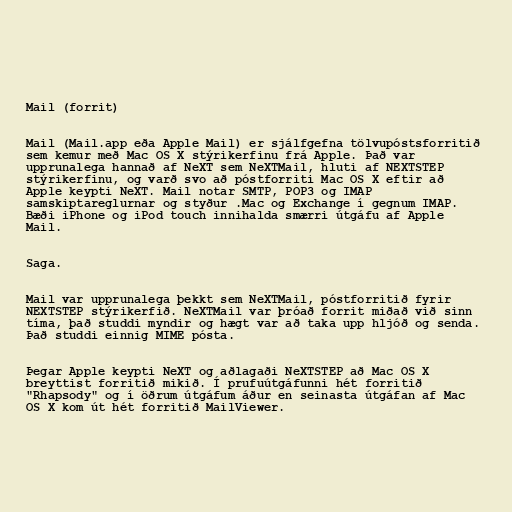
Mail (forrit)

Mail (Mail.app eða Apple Mail) er sjálfgefna tölvupóstsforritið
sem kemur með Mac OS X stýrikerfinu frá Apple. Það var
upprunalega hannað af NeXT sem NeXTMail, hluti af NEXTSTEP
stýrikerfinu, og varð svo að póstforriti Mac OS X eftir að
Apple keypti NeXT. Mail notar SMTP, POP3 og IMAP
samskiptareglurnar og styður .Mac og Exchange í gegnum IMAP.
Bæði iPhone og iPod touch innihalda smærri útgáfu af Apple
Mail.

Saga.

Mail var upprunalega þekkt sem NeXTMail, póstforritið fyrir
NEXTSTEP stýrikerfið. NeXTMail var þróað forrit miðað við sinn
tíma, það studdi myndir og hægt var að taka upp hljóð og senda.
Það studdi einnig MIME pósta.

Þegar Apple keypti NeXT og aðlagaði NeXTSTEP að Mac OS X
breyttist forritið mikið. Í prufuútgáfunni hét forritið
"Rhapsody" og í öðrum útgáfum áður en seinasta útgáfan af Mac
OS X kom út hét forritið MailViewer.